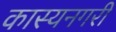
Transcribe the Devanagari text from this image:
कास्यनगरी